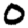
Digit: 0